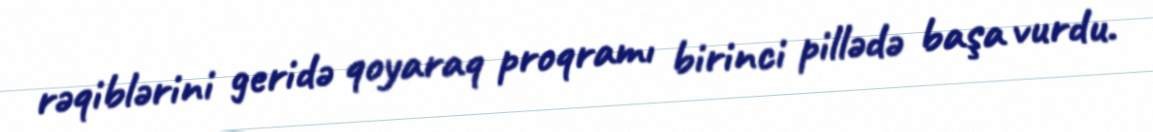
rəqiblərini geridə qoyaraq proqramı birinci pillədə başa vurdu.